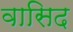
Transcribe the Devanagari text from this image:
वासिद